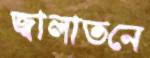
জ্বালাতনে